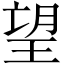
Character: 望